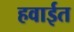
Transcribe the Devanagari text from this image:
हवाईत